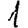
Digit: 1